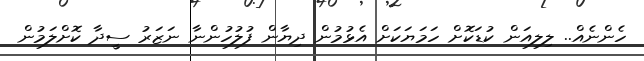
ހެންނެއް.. ލިލިއަން ކުޑަކޮށް ހަމަޔަކަށް އެޅުމުން ދިޔާން ފުލުހުންނާ ނަޒަރު ސީދާ ކޮށްލަމުން